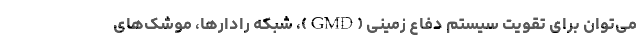
می‌توان برای تقویت سیستم دفاع زمینی (GMD)، شبکه رادارها، موشک‌های